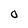
Character: O